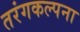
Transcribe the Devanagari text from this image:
तरंगकल्पना